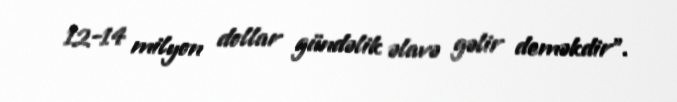
12-14 milyon dollar gündəlik əlavə gəlir deməkdir”.